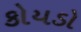
કોયડો